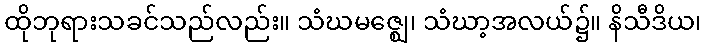
ထိုဘုရားသခင်သည်လည်း။ သံဃမဇ္ဈေ၊ သံဃာ့အလယ်၌။ နိသီဒိယ၊